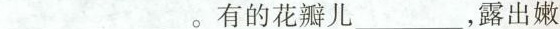
___。有的花瓣儿___，露出嫩